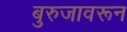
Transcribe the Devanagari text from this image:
बुरुजावरून